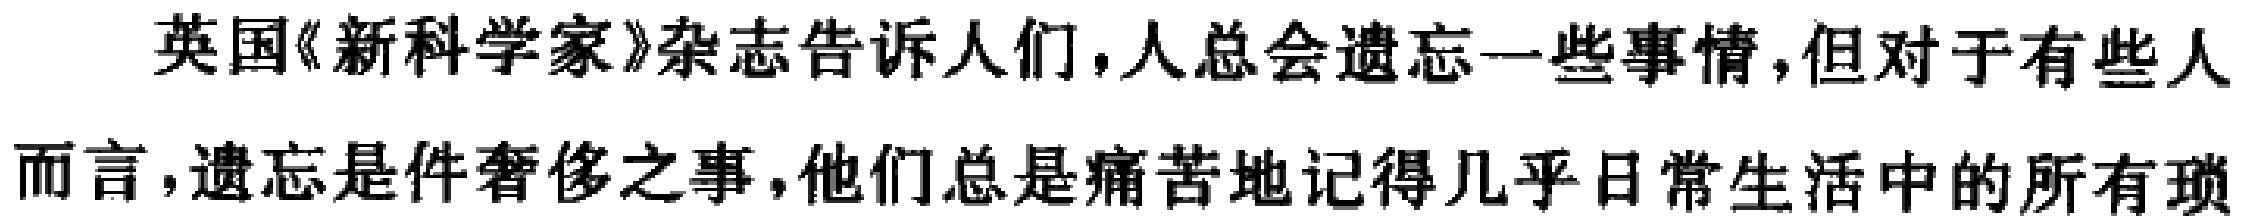
英国《新科学家》杂志告诉人们，人总会遗忘一些事情，但对于有些人而言，遗忘是件奢侈之事，他们总是痛苦地记得几乎日常生活中的所有琐